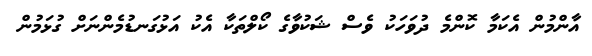
އާންމުން އެކަމާ ކޮންމެ ދުވަހަކު ވެސް ޝަކުވާގެ ކޯލްތަކާ އެކު އަޅުގަނޑުމެންނަށް ގުޅަމުން